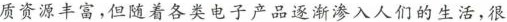
质资源丰富，但随着各类电子产品逐渐渗入人们的生活，很